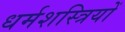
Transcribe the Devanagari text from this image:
धर्मशस्त्रियों